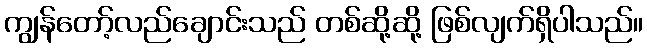
ကျွန်တော့်လည်ချောင်းသည် တစ်ဆို့ဆို့ ဖြစ်လျက်ရှိပါသည်။